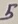
Text: 5